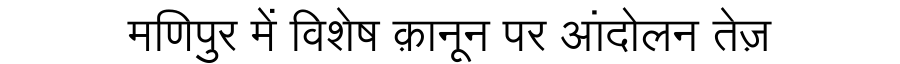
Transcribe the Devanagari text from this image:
मणिपुर में विशेष क़ानून पर आंदोलन तेज़